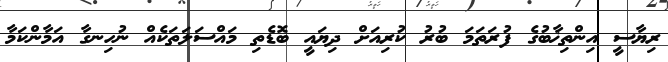
ރިޔާސީ އިންތިޚާބުގެ ފުރަތަމަ ބުރު ކުރިއަށް ދިޔައީ ބޮޑެތި މައްސަލަތަކެއް ނުހިނގާ އަމާންކަމާ